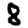
Digit: 8